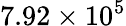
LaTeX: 7.92\times 10^{5}